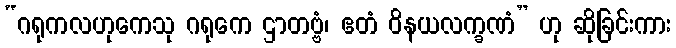
“ဂရုကလဟုကေသု ဂရုကေ ဌာတဗ္ဗံ၊ ဧတံ ဝိနယလက္ခဏံ” ဟု ဆိုခြင်းကား